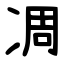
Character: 凋